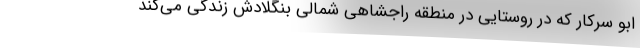
ابو سرکار که در روستایی در منطقه راجشاهی شمالی بنگلادش زندگی می‌کند